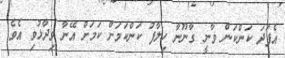
އެފަދަ ކަންކަން ވާނީ ގާނޫނާ ހިލާފު ކަންކަމަށް ކަމަށް އޭނާ ވިދާޅުވި އެވެ.